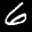
Label: 6